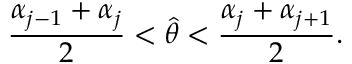
{ \frac { \alpha _ { j - 1 } + \alpha _ { j } } { 2 } } < \hat { \theta } < { \frac { \alpha _ { j } + \alpha _ { j + 1 } } { 2 } } .